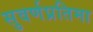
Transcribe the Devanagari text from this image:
सुवर्णप्रतिमा